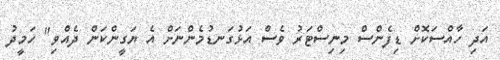
އަދި ހާއްސަކޮށް ޑިފެންސް މިނިސްޓަރު ވެސް އަޅުގަނޑުމެންނަށް އެ ޔަގީންކަން ދެއްވި" ހަމީދު